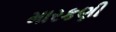
મારકણી